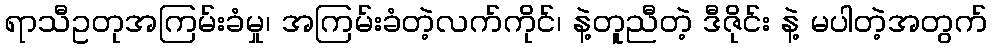
ရာသီဥတုအကြမ်းခံမှု၊ အကြမ်းခံတဲ့လက်ကိုင်၊ နဲ့တူညီတဲ့ ဒီဇိုင်း နဲ့ မပါတဲ့အတွက်